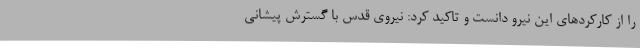
را از کارکردهای این نیرو دانست و تاکید کرد: نیروی قدس با گسترش پیشانی